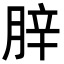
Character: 𦛛